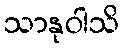
သာနုဝါသိ